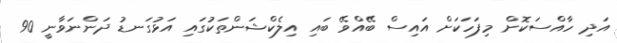
އަދި ހާއްސަކޮށް މިފަހަކަށް އައިސް ބޭއްވޭ ބައި އިލެކްޝަންތަކުގައި އަޅުގަނޑު ދަންނަވާނީ 90